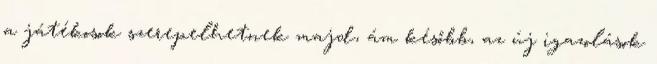
a játékosok szerepelhetnek majd, ám később, az új igazolások